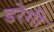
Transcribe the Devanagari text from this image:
डरेगी